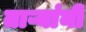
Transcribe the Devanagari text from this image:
ताऱ्यांनी